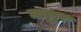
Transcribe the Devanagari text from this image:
मधूपुरा